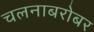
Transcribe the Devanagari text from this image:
चलनाबरोबर